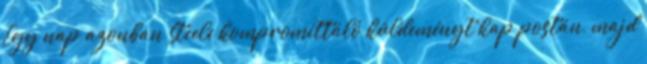
Egy nap azonban Steele kompromittáló küldeményt kap postán, majd